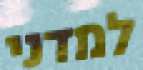
למדני